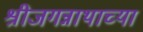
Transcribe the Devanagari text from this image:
श्रीजगन्नाथाच्या